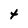
Character: t